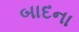
બાદના